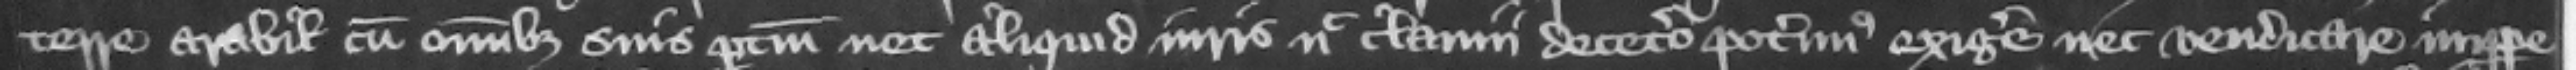
terre arabilis cum omnibus suis pertinenciis nec aliquid iuris nec clamii decetero poterimus exigere nec vendicare imperpe